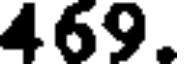
469.